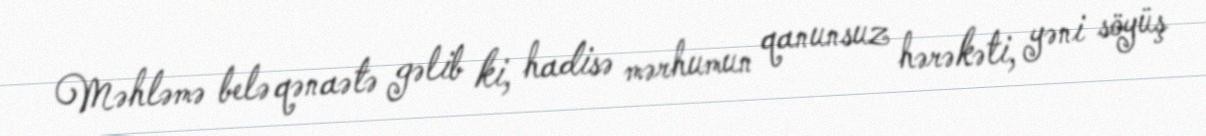
Məhləmə belə qənaətə gəlib ki, hadisə mərhumun qanunsuz hərəkəti, yəni söyüş